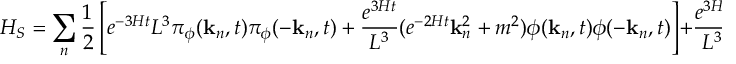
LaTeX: H _ { S } = \sum _ { n } \frac { 1 } { 2 } \left[ e ^ { - 3 H t } L ^ { 3 } \pi _ { \phi } ( { \bf k } _ { n } , t ) \pi _ { \phi } ( - { \bf k } _ { n } , t ) + \frac { e ^ { 3 H t } } { L ^ { 3 } } ( e ^ { - 2 H t } { \bf k } _ { n } ^ { 2 } + m ^ { 2 } ) \phi ( { \bf k } _ { n } , t ) \phi ( - { \bf k } _ { n } , t ) \right] + \frac { e ^ { 3 H t } } { L ^ { 3 } } V _ { F } ,